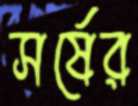
সর্ষের